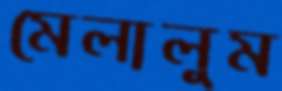
মেলালুম